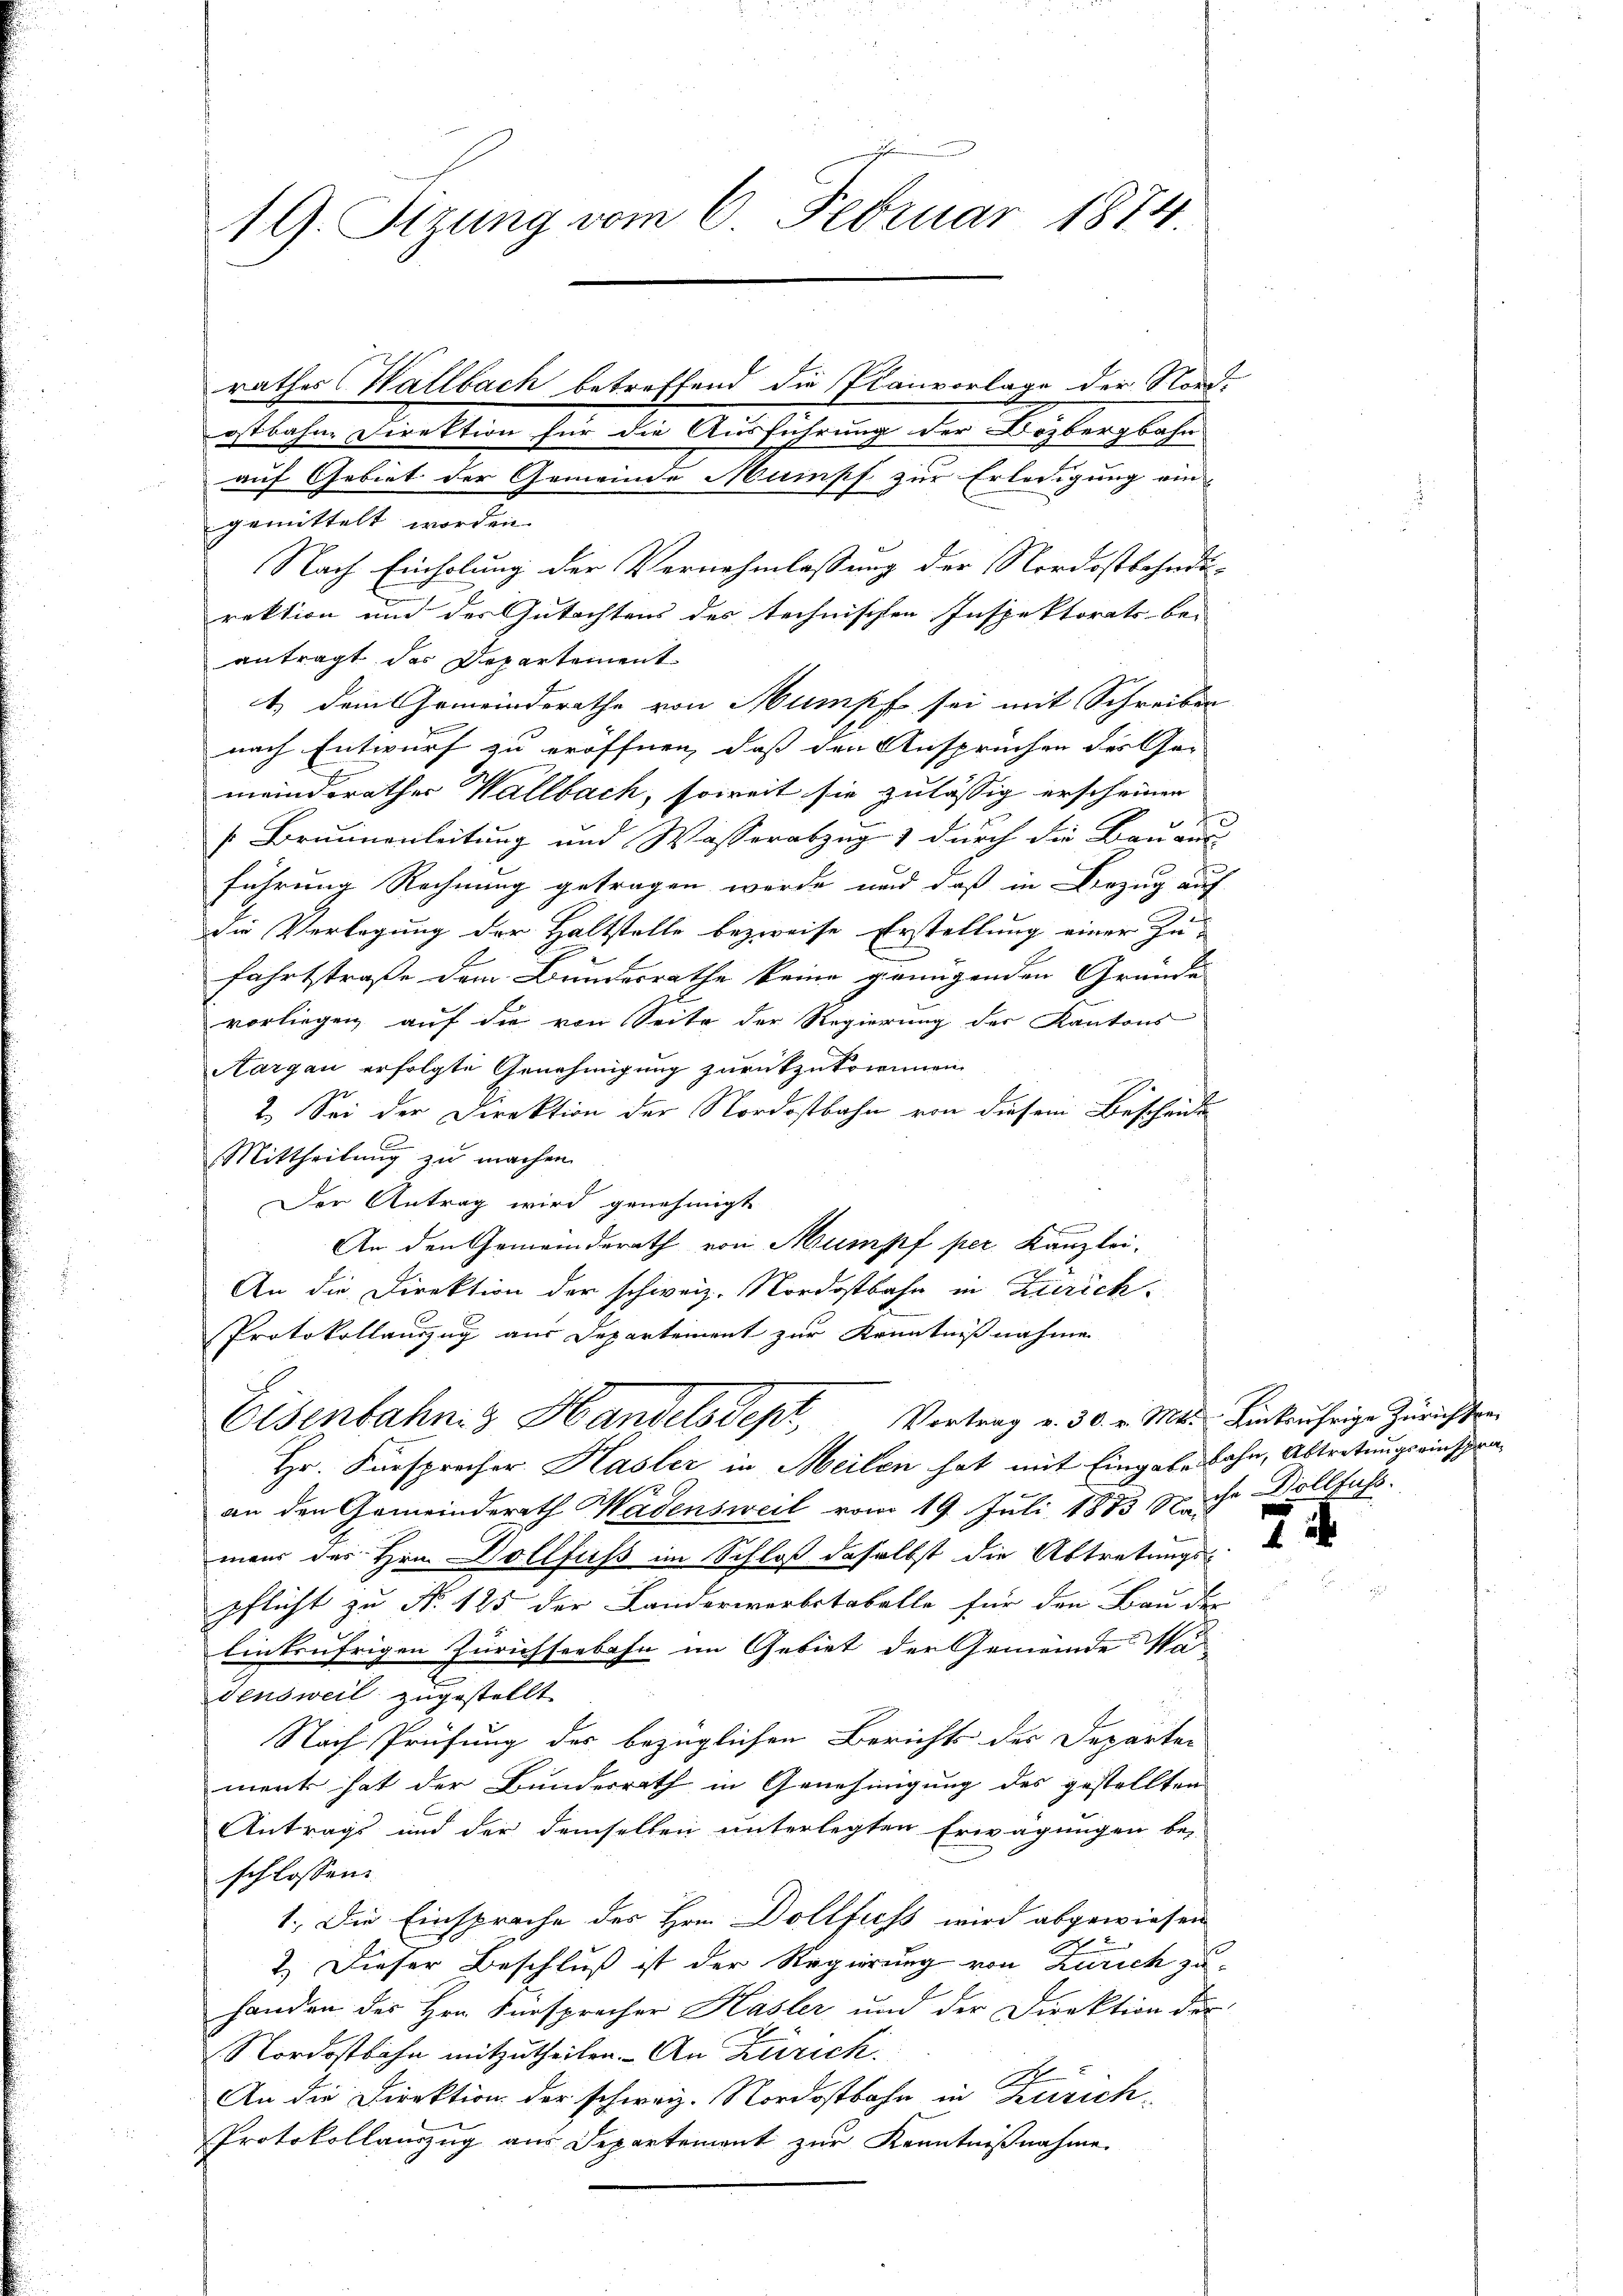
19. Sitzung vom 6. Februar 1874.

rathes Hallbach betreffend die Planvorlage der Nordostbahne Direktion für die Ausführung der Dozbergbahn

auf Gebiet der Gemeinde Mampf zur Erledigung ein
gemittelt worden.
Nach Einholung der Vernehmlassung der Nordostbahndi-
rektion und des Gutachtens des technischen Inspektorats- be-
antragt des Departement
t. dem Gemeinderathe von Mumpf sei mit Schreiben
nach Entwurf zu eröffnen, dass den Ansprüchen des Ge-
meindsrathes Wallbach, soweit sie zulässig erscheiner
[Brunnenleitung und Wasserabzug durch die Bauaus
führung Rechnung getragen werde und daß in Verzug auf
die Verlegung der Haltstelle bezweife Erstellung einer Zu-
fahrtstraße dem Bundesrathe keine genügenden Gründe
vorliegen auf die von Seite der Regierung des Kantons
Aargau erfolgte Genehmigung zurückzukommen.
2. Sei der Direktion der Nordostbahn von diesem Bescheide
Mittheilung zu machen.
Der Antrag wird genehmigt
An den Gemeinderath von Mumpf per Kanzlei-
An die Direktion der schweiz. Nordostbahn in Zürich
Protokollauszug aus Departement zur Kenntnißnahme
Eisenbahniz Handelsdept, Vortrag v. 30. v. Mts. Einbrührige Zürichten
Hr. Fürsprecher Hasler in Meilen hat mit Eingabe Sohn, Abtretungsrinspraan den Gemeinderath Wädensweil vom 19. Juli 1883 Nache Döllfuss.
mens des Hrn. Dollfuss im Schloß daselbst die Abtretungs-
pflicht zu No 125 der Landerwerbstabelle für den Bau der
einkufrigen Zürichseebahn im Gebiet der Gemeinde Wa
Fensweil zugestellt
Nach Prüfung der bezüglichen Berichts des Departen
merk hat der Bundesrath in Genehmigung des gestellten
Antrags und der demselben unterlegten Erwägungen be-
schlossen
1. Die Einsprache des Hrn. Dollfuchs wird abgewiesen
2.) Dieser Beschluß ist der Regierung von Zürich zuhanden des Hrn. Fürsprecher Hasler und der Direktion der
Nordostbahn mitzutheilen. - An Zürich.
Ach
An die Direktion der schweiz. Nordostbahn in Zürich-
Protokollauszug aus Departement zur Kenntnißnahme

7